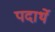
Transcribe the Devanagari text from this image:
पदार्थे